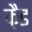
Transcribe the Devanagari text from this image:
फ़ैड